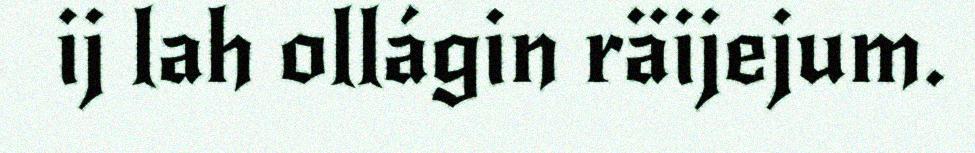
ij lah ollágin räijejum.